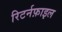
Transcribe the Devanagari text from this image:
रिटर्नफ़ाइल